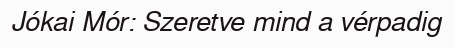
Jókai Mór: Szeretve mind a vérpadig